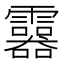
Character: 𩆮